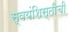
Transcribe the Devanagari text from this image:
स्वयंशिस्तीची